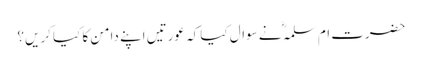
حضرت ام سلمہؓ نے سوال کیا کہ عورتیں اپنے دامن کا کیا کریں؟